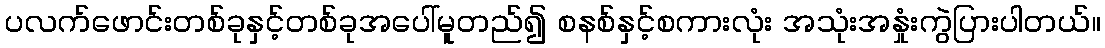
ပလက်ဖောင်းတစ်ခုနှင့်တစ်ခုအပေါ်မူတည်၍ စနစ်နှင့်စကားလုံး အသုံးအနှုံးကွဲပြားပါတယ်။